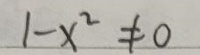
\[
1 - x^{2} \neq 0
\]